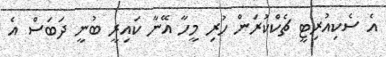
އެ ސެކިއުރިޓީ ޗެކްކުރަން ހުރި މީހާ އޭނާ ކައިރީ ބުނީ ދަބަސް އެ